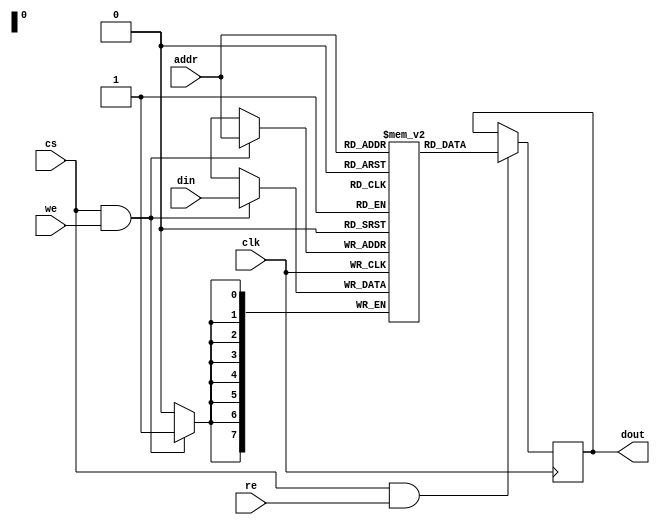
module SRAM #(
    parameter DATA_WIDTH = 8,     // Configurable word size (e.g., 8, 16, 32)
    parameter ADDR_WIDTH = 8       // Address width based on memory size
)(
    input wire clk,                // Clock signal
    input wire cs,                 // Chip Select
    input wire we,                 // Write Enable
    input wire re,                 // Read Enable
    input wire [ADDR_WIDTH-1:0] addr, // Address input
    input wire [DATA_WIDTH-1:0] din,   // Data input
    output reg [DATA_WIDTH-1:0] dout // Data output
);

    // Memory array declaration
    reg [DATA_WIDTH-1:0] memory [(2**ADDR_WIDTH)-1:0];

    // Write operation
    always @(posedge clk) begin
        if (cs && we) begin
            memory[addr] <= din; // Write data to the memory location
        end
    end

    // Read operation
    always @(posedge clk) begin
        if (cs && re) begin
            dout <= memory[addr]; // Read data from the memory location
        end
    end

endmodule